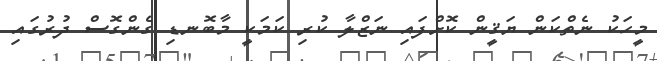
މީހަކު ނެތްކަން ޔަޤީން ކޮށްފައި ނަޒްލާ ކުރި ކަމަކީ މާބޮނޑި ގެންގޮސް ދުރުގައި